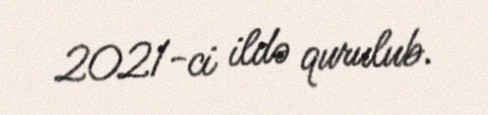
2021-ci ildə qurulub.